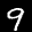
Label: 9